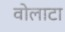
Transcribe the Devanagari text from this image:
वोलाटा